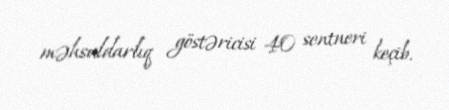
məhsuldarlıq göstəricisi 40 sentneri keçib.